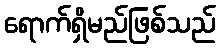
ရောက်ရှိမည်ဖြစ်သည်